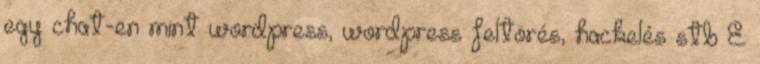
egy chat-en mint wordpress, wordpress feltörés, hackelés stb E